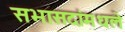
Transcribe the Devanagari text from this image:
सभासदांमधले